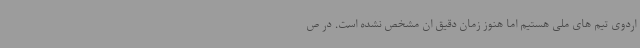
اردوی تیم های ملی هستیم اما هنوز زمان دقیق ان مشخص نشده است. در ص